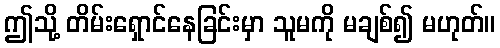
ဤသို့ တိမ်းရှောင်နေခြင်းမှာ သူမကို မချစ်၍ မဟုတ်။